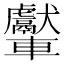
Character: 𨏾